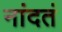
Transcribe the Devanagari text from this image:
नांदतं